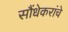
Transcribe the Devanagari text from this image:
सौंधेकरांचे